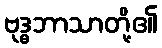
ဗုဒ္ဓဘာသာတို့၏